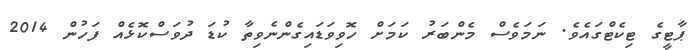
ޕާޓީގެ ޓިކެޓްގައެވެ. ނަމަވެސް މެންބަރު ކަމަށް ހޮވިވަޑައިގެންނެވިތާ ކުޑަ ދުވަސްކޮޅެއް ފަހުން 2014